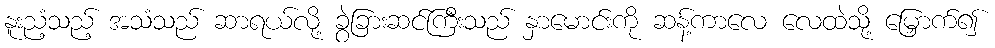
နူးညံ့သည့် အသံသည် ဆာရယ်လို့ ခွဲခြားဆင်ကြီးသည် နှာမောင်းကို ဆန့်ကာလေ လေထဲသို့ မြှောက်၍